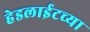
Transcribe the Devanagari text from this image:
हेडलाईटच्या